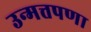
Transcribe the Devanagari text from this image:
उन्मत्तपणा